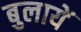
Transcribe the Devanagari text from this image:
बुलायें